Tartu_Kolgata_baptistikogudus, lk 86
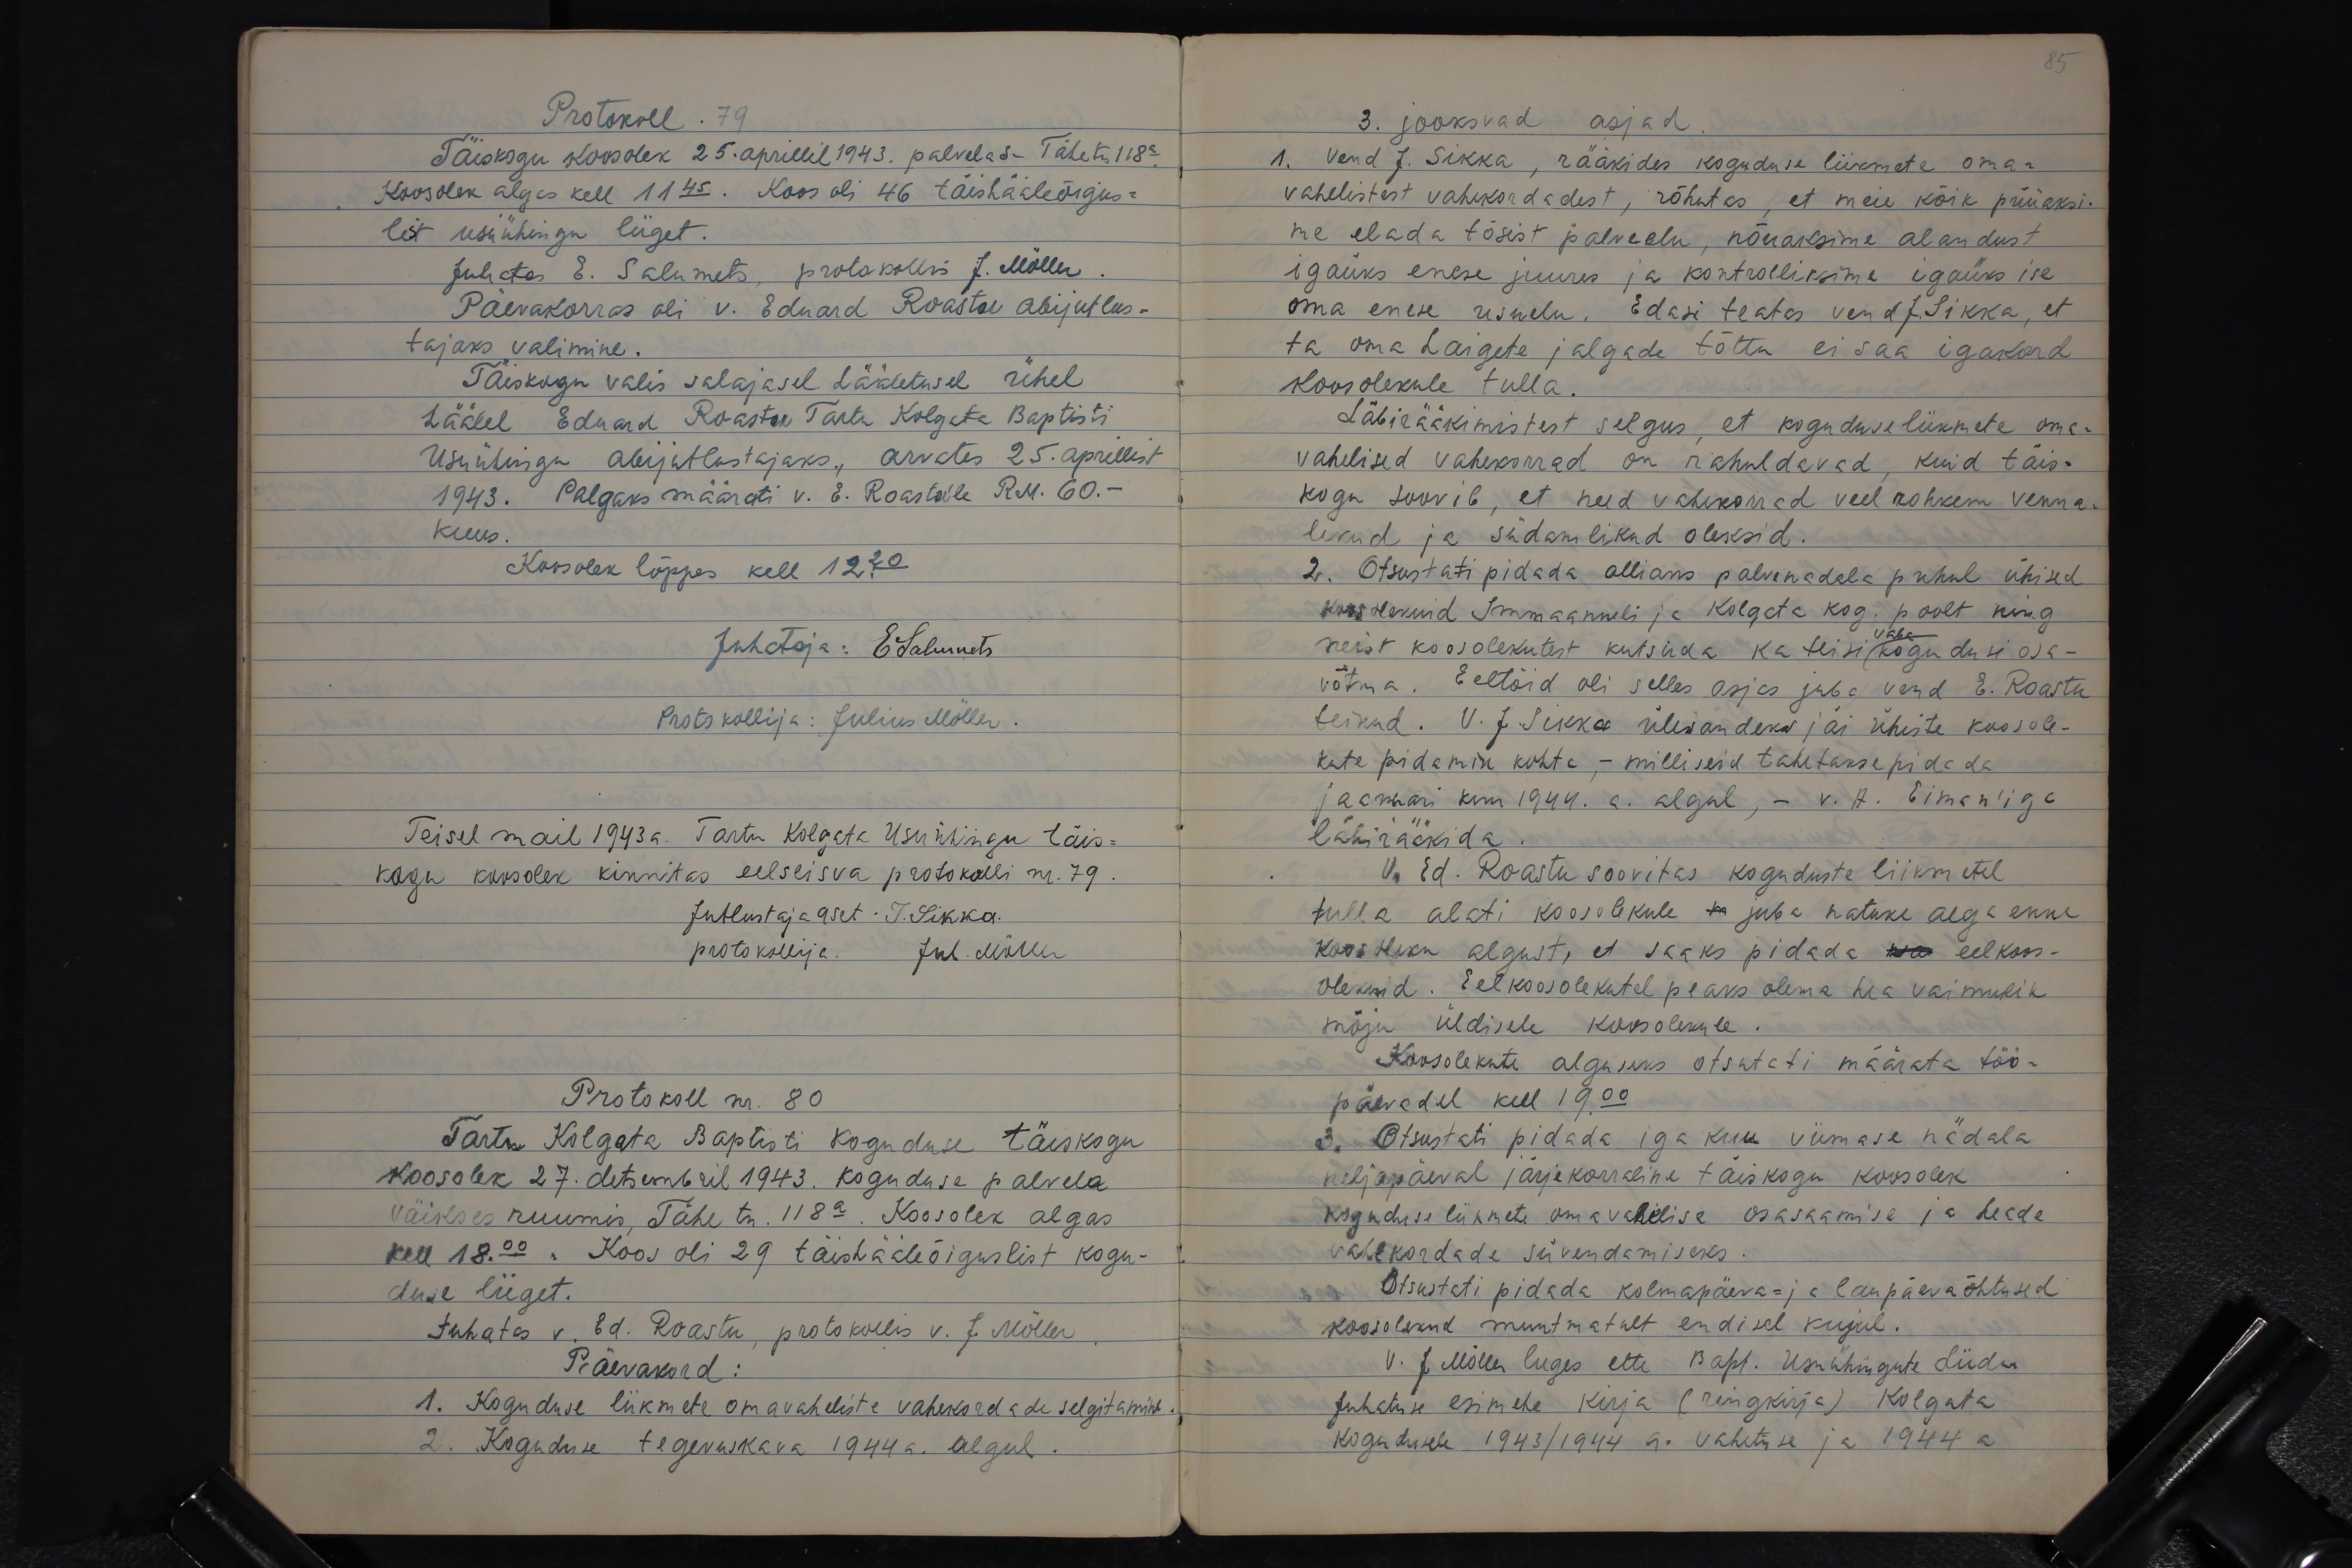
85

Protokoll. 79
Täiskogu koosolek 25. aprillil 1943. palvelas. Tähe tn 118a
Koosolek algas kell 11 45. Koos oli 46 täishääleõigus-
list usuühingu liiget.
Juhatas E. Salumets, protokollis J. Möller.
Päevakorras oli v. Eduard Roastu abijutlus-
tajaks valimine.
Täiskogu valis salajasel hääletusel ühel
häälel Eduard Roastu Tartu Kolgata Baptisti
Usuühingu abijutlustajaks, arvates 25. aprillist
1943. Palgaks määrati v. E. Roastu'le R.M. 60.-
kuus.
Koosolek lõppes kell 12.20
Juhataja: ESalumets
Protokollija: Julius Möller.
Teisel mail 1943 a. Tartu Kolgata Usuühingu täis-
kogu koosolek kinnistas eelseisva protokolli nr. 79.
Jutlustaja aset T. Sikka.
protokollija. Jul. Möller
Protokoll nr. 80
Tartu Kolgata Baltisti koguduse täiskogu
koosolek 27. detsembril 1943. Koguduse palvela.
väikses ruumis. Tähe tn. 118a. Koosolek algas.
kell 18.00 "Koos oli 29 täishääleõiguslist kogu-
duse liiget.
Juhatas v. Ed. Roastu, protokollis v. J. Möller,
Päevakord:
1. Koguduse liikmete omavaheliste vahekordade selgitamine.
2. Koguduse tegevuskava 1944 a. algul.

3. jooksvad asjad
1. Vend J. Sikka, rääkides koguduse liikmete oma-
vahelistest vahekordadest, rõhutas, et meie kõik püüaksi-
me elada tõsist palveelu, nõuaksime alandust
igaüks enese juures ja kontrolliksime igaüks ise
oma enese usuelu. Edasi teatas vend J.Sikka, et
ta oma haigete jalgade tõttu ei saa igakord
koosolekule tulla.
Läbirääkimistest selgus, et koguduseliikmete oma-
vahelised vahekorrad on rahuldavad, kuid täis-
kogu soovib, et need vahekorrad veel rohkem venna-
likud ja südamlikud oleksid.
2. Otsustati pidada allians palvenadala puhul ühised
koosolekuid Immaanueli ja Kolgata kog. poolt ning
Vaba
neist koosolekutest kutsuda ka teisi kogudusi osa-
võtma. Eeltöid oli selles asjas juba vend E. Roastu
teinud. V. J. Sikka ülesandeks jäi ühiste koosole-
kute pidamise kohta, - milliseid tahetakse pidada
jaanuari kuu 1944. a. algul, - v. H. Eiman'iga
läbirääkida.
V. Ed. Roastu soovitas koguduste liikmetel
tulla alati koosolekule m juba natuke aega enne
koosoleku algust, et saaks pidada ka eelkoos-
olekuid. Eelkoosolekutel peaks olema hea vaimulik
mõju üldisele koosolekule.
Koosolekute alguseks otsutati määrata töö-
päevadel kell 19.00
3. Otsustati pidada iga kuu viimase nädala
neljapäeval järjekorraline täiskogu koosolek
koguduse liikmete omavahelise osasaamise ja heade
vahekordade süvendamiseks.
Otsustati pidada kolmapäeva- ja laupäevaõhtused
koosolekud muutmatult endisel kujul.
V. J. Möller luges ette Bapt. Usuühingute Liidu
Juhatuse esimehe kirja (ringkirja) Kolgata
kogudusele 1943/1944 a. vahetuse ja 1944 a.